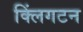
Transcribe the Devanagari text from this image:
क्लिंगटन